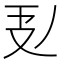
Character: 𭣕